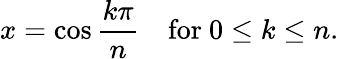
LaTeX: x=\cos{\frac{k\pi}{n}}\quad{\mathrm{for~}}0\leq k\leq n.